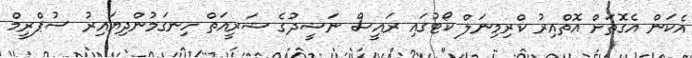
އެކަން އެގޮތަށް އޮތްއިރު ކްރިމިނަލް ކޯޓުގައި ރައީސް ނަޝީދުގެ ޝަރީއަތް ހިނގަމުންދިޔައިރު ސުޕްރީމް